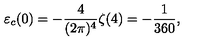
\varepsilon _ { c } ( 0 ) = - \frac { 4 } { ( 2 \pi ) ^ { 4 } } \zeta ( 4 ) = - { \frac { 1 } { 3 6 0 } } ,